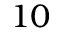
1 0